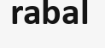
rabal